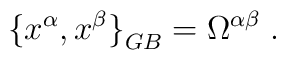
{\{ x^\alpha,x^\beta \} }_{GB} = \Omega^{\alpha\beta}\;.